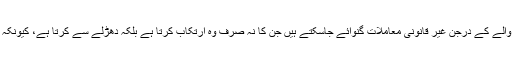
جہاں تک رشوت کا تعلق ہے، اسی معاشرے میں ایک موٹرسائیکل والے کے درجن غیر قانونی معاملات گنوائے جاسکتے ہیں جن کا نہ صرف وہ ارتکاب کرتا ہے بلکہ دھڑلے سے کرتا ہے، کیونکہ اس کا خیال ہوتا ہے کہ اگر کہیں پکڑا گیا تو بٹوہ جیب میں ہے ناں۔